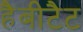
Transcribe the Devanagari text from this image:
हैबीटैट